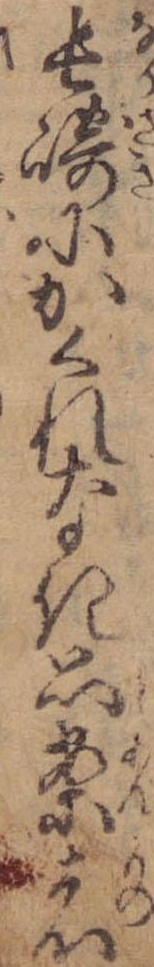
長崎にかくれなき思案者